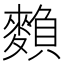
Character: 𪍏